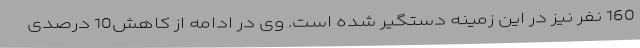
160 نفر نیز در این زمینه دستگیر شده است. وی در ادامه از کاهش10 درصدی